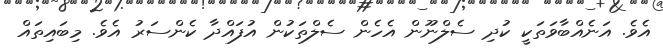
އެވެ. އަނެއްބާވަތަކީ ކުދި ސެލްނޫން އެހެން ސެލްތަކުން އުފައްދާ ކެންސަރު އެވެ. މިބައިތައް